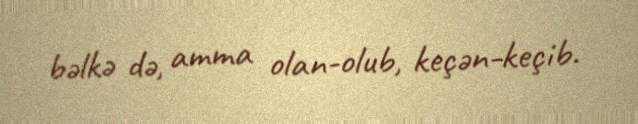
bəlkə də, amma olan-olub, keçən-keçib.